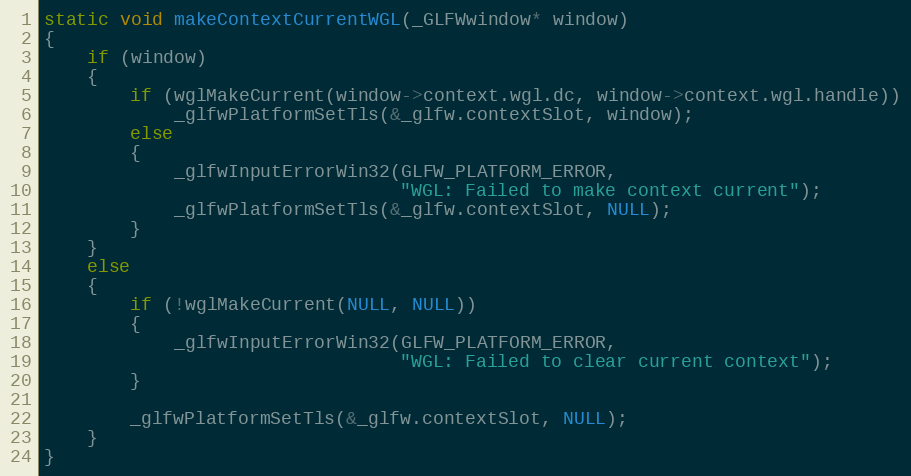
Language: C
static void makeContextCurrentWGL(_GLFWwindow* window)
{
    if (window)
    {
        if (wglMakeCurrent(window->context.wgl.dc, window->context.wgl.handle))
            _glfwPlatformSetTls(&_glfw.contextSlot, window);
        else
        {
            _glfwInputErrorWin32(GLFW_PLATFORM_ERROR,
                                 "WGL: Failed to make context current");
            _glfwPlatformSetTls(&_glfw.contextSlot, NULL);
        }
    }
    else
    {
        if (!wglMakeCurrent(NULL, NULL))
        {
            _glfwInputErrorWin32(GLFW_PLATFORM_ERROR,
                                 "WGL: Failed to clear current context");
        }

        _glfwPlatformSetTls(&_glfw.contextSlot, NULL);
    }
}